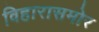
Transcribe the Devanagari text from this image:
विहारासमोर